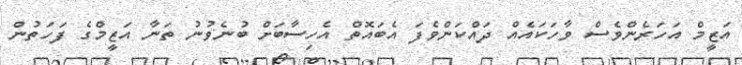
އަޒީމް އަހަރެންވެސް ވާހަކައެއް ދައްކަންވެފަ އެބައޮތް އެހިސާބަށް ބުނެވުނު ތަނާ އަޒީމްގެ ފަހަތުން